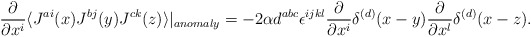
\begin{align*}\frac{\partial}{\partial x^i} \langle J^{ai}(x) J^{bj}(y) J^{ck}(z) \rangle |_{anomaly} = - 2 \alpha d^{abc} \epsilon^{ijkl} \frac{\partial}{\partial x^{i}} \delta^{(d)}(x-y)\frac{\partial}{\partial x^{l}} \delta^{(d)}(x-z).\end{align*}